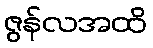
ဇွန်လအထိ